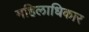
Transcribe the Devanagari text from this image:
महिलाधिकार